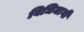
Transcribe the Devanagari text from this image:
विधिमार्गी